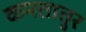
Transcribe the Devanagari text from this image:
कमतातुर